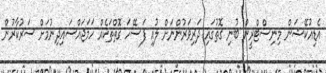
އެޑިއުކޭޝަން މިނިސްޓްރީން ބުނި ގޮތުގައި ދަރިވަރުންނަށް ލުއި ފަސޭހަ ގޮތްތަކެއް ހަމަޖައްސައިދިނުމަށް ސަރުކާރުން